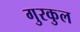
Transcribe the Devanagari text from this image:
गुरकुल